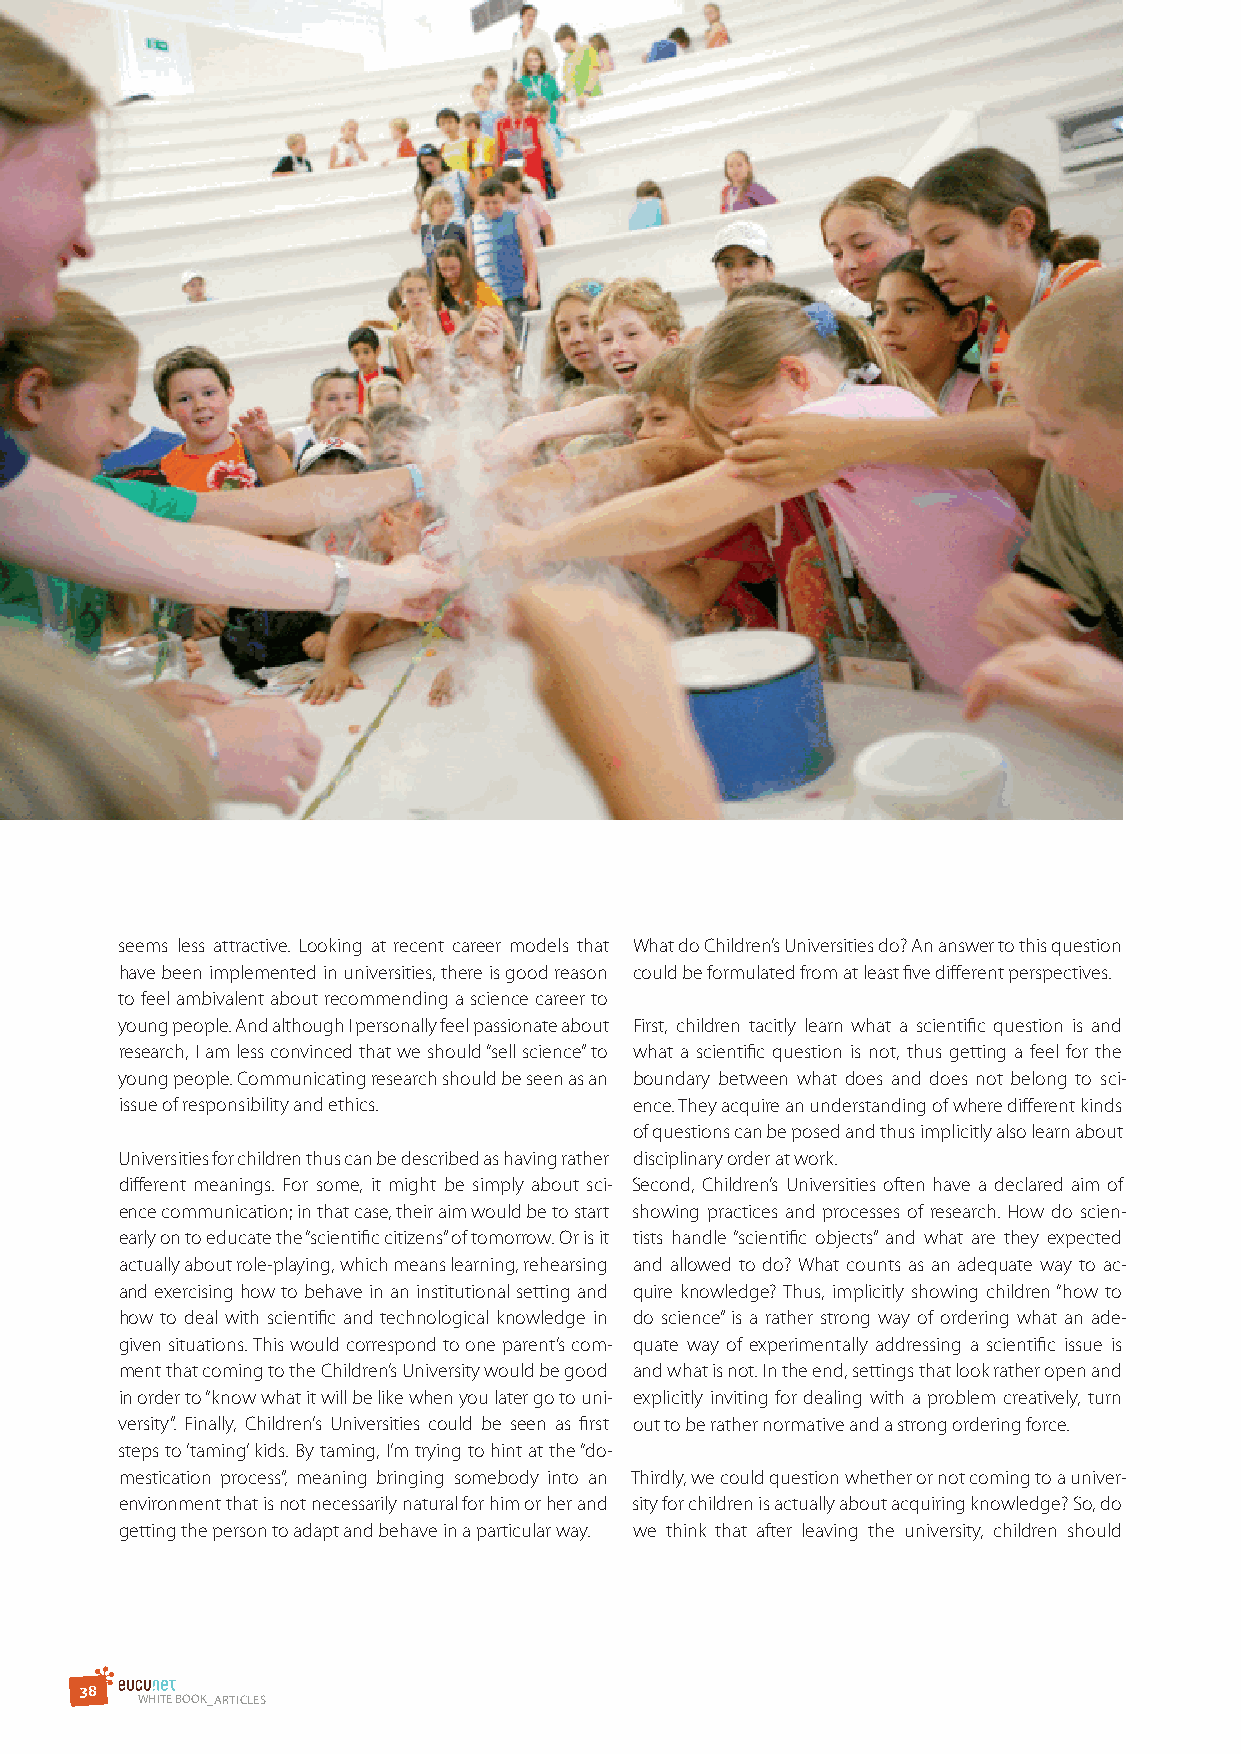
seems less attractive. Looking at recent career models that What do Children’s Universities do? An answer to this question
 have been implemented in universities, there is good reason could be formulated from at least five different perspectives.
 to feel ambivalent about recommending a science career to
 young people. And although I personally feel passionate about First, children tacitly learn what a scientific question is and
 research, I am less convinced that we should “sell science” to what a scientific question is not, thus getting a feel for the
 young people. Communicating research should be seen as an boundary between what does and does not belong to sci-
 issue of responsibility and ethics. ence. They acquire an understanding of where different kinds
 of questions can be posed and thus implicitly also learn about
 Universities for children thus can be described as having rather disciplinary order at work.
 different meanings. For some, it might be simply about sci- Second, Children’s Universities often have a declared aim of
 ence communication; in that case, their aim would be to start showing practices and processes of research. How do scien-
 early on to educate the “scientific citizens” of tomorrow. Or is it tists handle “scientific objects” and what are they expected
 actually about role-playing, which means learning, rehearsing and allowed to do? What counts as an adequate way to ac-
 and exercising how to behave in an institutional setting and quire knowledge? Thus, implicitly showing children “how to
 how to deal with scientific and technological knowledge in do science” is a rather strong way of ordering what an ade-
 given situations. This would correspond to one parent’s com- quate way of experimentally addressing a scientific issue is
 ment that coming to the Children’s University would be good and what is not. In the end, settings that look rather open and
 in order to “know what it will be like when you later go to uni- explicitly inviting for dealing with a problem creatively, turn
 versity”. Finally, Children’s Universities could be seen as first out to be rather normative and a strong ordering force.
 steps to ‘taming’ kids. By taming, I’m trying to hint at the “do-
 mestication process”, meaning bringing somebody into an Thirdly, we could question whether or not coming to a univer-
 environment that is not necessarily natural for him or her and sity for children is actually about acquiring knowledge? So, do
 getting the person to adapt and behave in a particular way. we think that after leaving the university, children should
 3 8
 WHITE BOOK_ArTIClEs